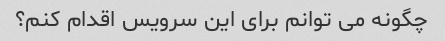
چگونه می توانم برای این سرویس اقدام کنم؟